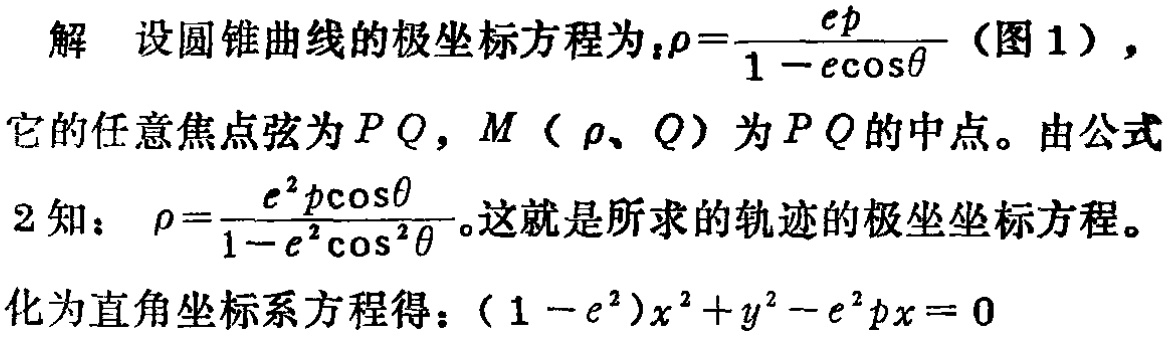
解 设圆锥曲线的极坐标方程为：\(\rho=\frac{ep}{1 - e\cos\theta}\)（图 1），
它的任意焦点弦为\(PQ\)，\(M(\rho,\theta)\)为\(PQ\)的中点。由公式
2 知：\(\rho=\frac{e^{2}p\cos\theta}{1 - e^{2}\cos^{2}\theta}\)。这就是所求的轨迹的极坐标方程。
化为直角坐标系方程得：\((1 - e^{2})x^{2}+y^{2}-e^{2}px = 0\)